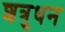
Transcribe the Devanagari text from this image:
शत्रुधन